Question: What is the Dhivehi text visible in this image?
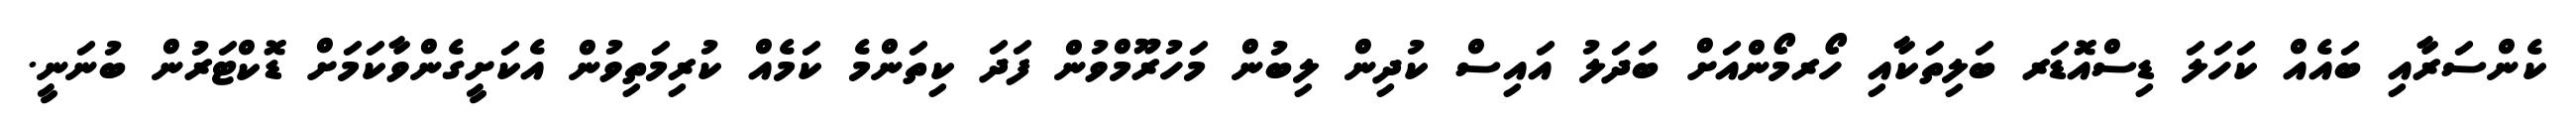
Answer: ކެންސަރާއި ބައެއް ކަހަލަ ޑިސްއޮޑަރ ބަލިތަކާއި ހޯރމޯންއަށް ބަދަލު އައިސް ކުދިން ލިބުން މަހުރޫމްވުން ފަދަ ކިތަންމެ ކަމެއް ކުރިމަތިވުން އެކަށީގެންވާކަމަށް ޑޮކްޓަރުން ބުނަނީ.